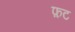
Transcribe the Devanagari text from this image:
फ़ट